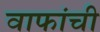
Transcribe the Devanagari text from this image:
वाफांची